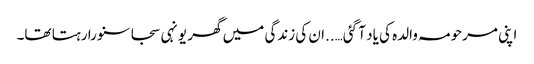
اپنی مرحومہ والدہ کی یاد آ گئی…..ان کی زندگی میں گھر یونہی سجا سنورا رہتا تھا۔